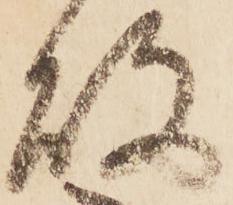
故